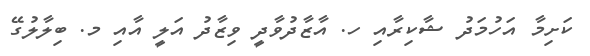
ކަށިމާ އަހުމަދު ޝާކިރާއި ހ. އާޒާދުވާދީ ވިޒާދު އަލީ އާއި މ. ބިލާލުގޭ